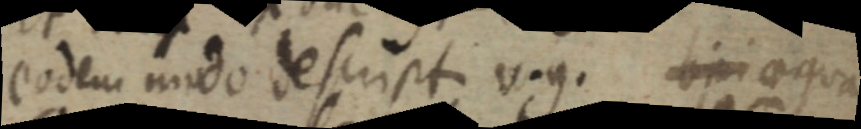
eodem modo descripti vigi _ aequa